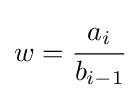
w={\cfrac {a_{i}}{b_{i-1}}}